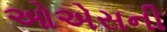
ઓએસની